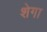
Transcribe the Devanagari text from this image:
शेगा